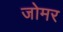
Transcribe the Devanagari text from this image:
जोमर